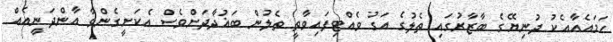
ހަމައެއާއެކު ދުނިޔޭގެ ބާޒާރުގައި ތެލުގެ އަގު ވެއްޓިފައިވާތީ ތެލުން ބަޣުދާދަށްވެސް އެކަށީގެންވާ އާންދަނީއެއް